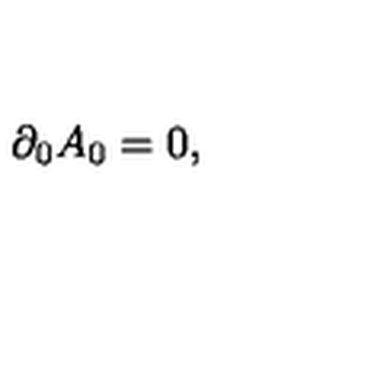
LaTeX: \partial _ { 0 } A _ { 0 } = 0 ,